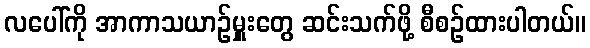
လပေါ်ကို အာကာသယာဉ်မှူးတွေ ဆင်းသက်ဖို့ စီစဉ်ထားပါတယ်။